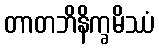
တာတဘိနိက္ခမိဿံ